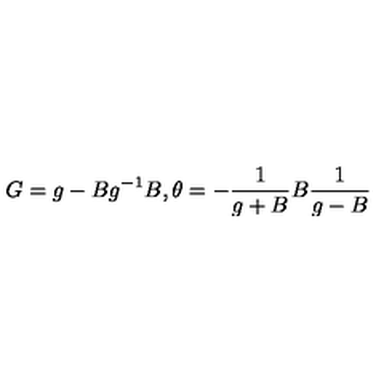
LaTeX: G = g - B g ^ { - 1 } B , \theta = - \frac { 1 } { g + B } B \frac { 1 } { g - B }